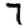
Digit: 7